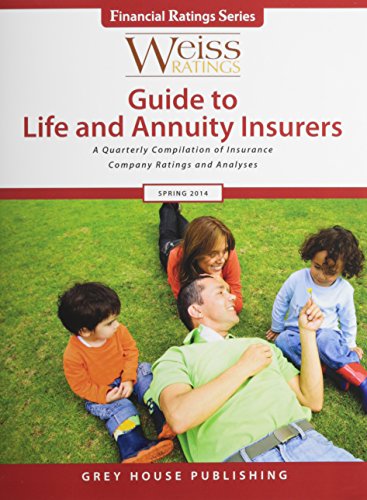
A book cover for Weiss Ratings' Guide to Life and Annuity Insurers Spring 2014: A Quarterly Compilation of Insurance Company Ratings and Analyses (Weiss Ratings Guide to Life & Annuity Insurers); Business & Money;